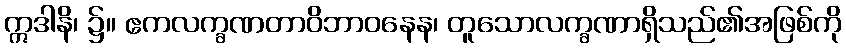
ဣဒါနိ၊ ၌။ ဧကလက္ခဏတာဝိဘာဝနေန၊ တူသောလက္ခဏာရှိသည်၏အဖြစ်ကို